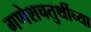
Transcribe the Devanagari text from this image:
गणेशचतुर्थीच्या